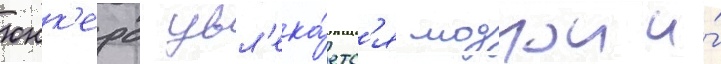
юнк'ерс увл'ека́етс'я моднои и́